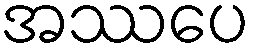
အဿပေ